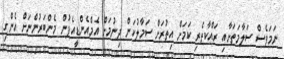
ނަމަވެސް ސަލާމަތަށާއި ރައްކާތެރި ކަމަށް އިތުރަށް ސަމާލުކަން ދިނުމަށް އެމްއެންޑީއެފުން މެންބަރުންނަށް އެންގި